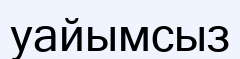
уайымсыз